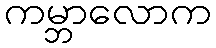
ကမ္ဘာလောက